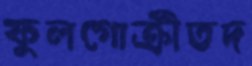
ফুলগোক্রীতদ